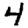
Digit: 4